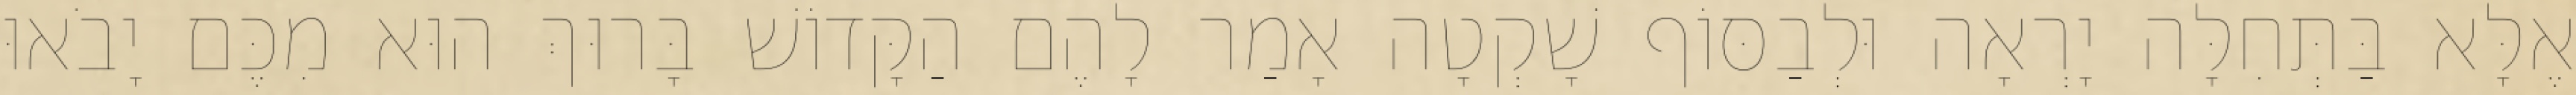
אֶלָּא בַּתְּחִלָּה יָרְאָה וּלְבַסּוֹף שָׁקְטָה אָמַר לָהֶם הַקָּדוֹשׁ בָּרוּךְ הוּא מִכֶּם יָבֹאוּ